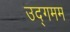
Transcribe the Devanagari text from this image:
उद्गमम